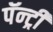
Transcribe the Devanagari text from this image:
पॅन्ट्री